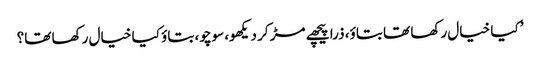
’ کیا خیال رکھا تھا بتاؤ، ذرا پیچھے مڑ کر دیکھو، سوچو، بتاؤ کیا خیال رکھا تھا؟